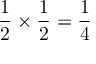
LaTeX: { \frac { 1 } { 2 } } \times { \frac { 1 } { 2 } } = { \frac { 1 } { 4 } }